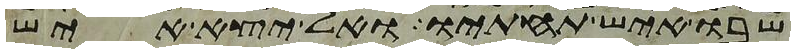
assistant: שבו איש תחתיו אל יצא איש